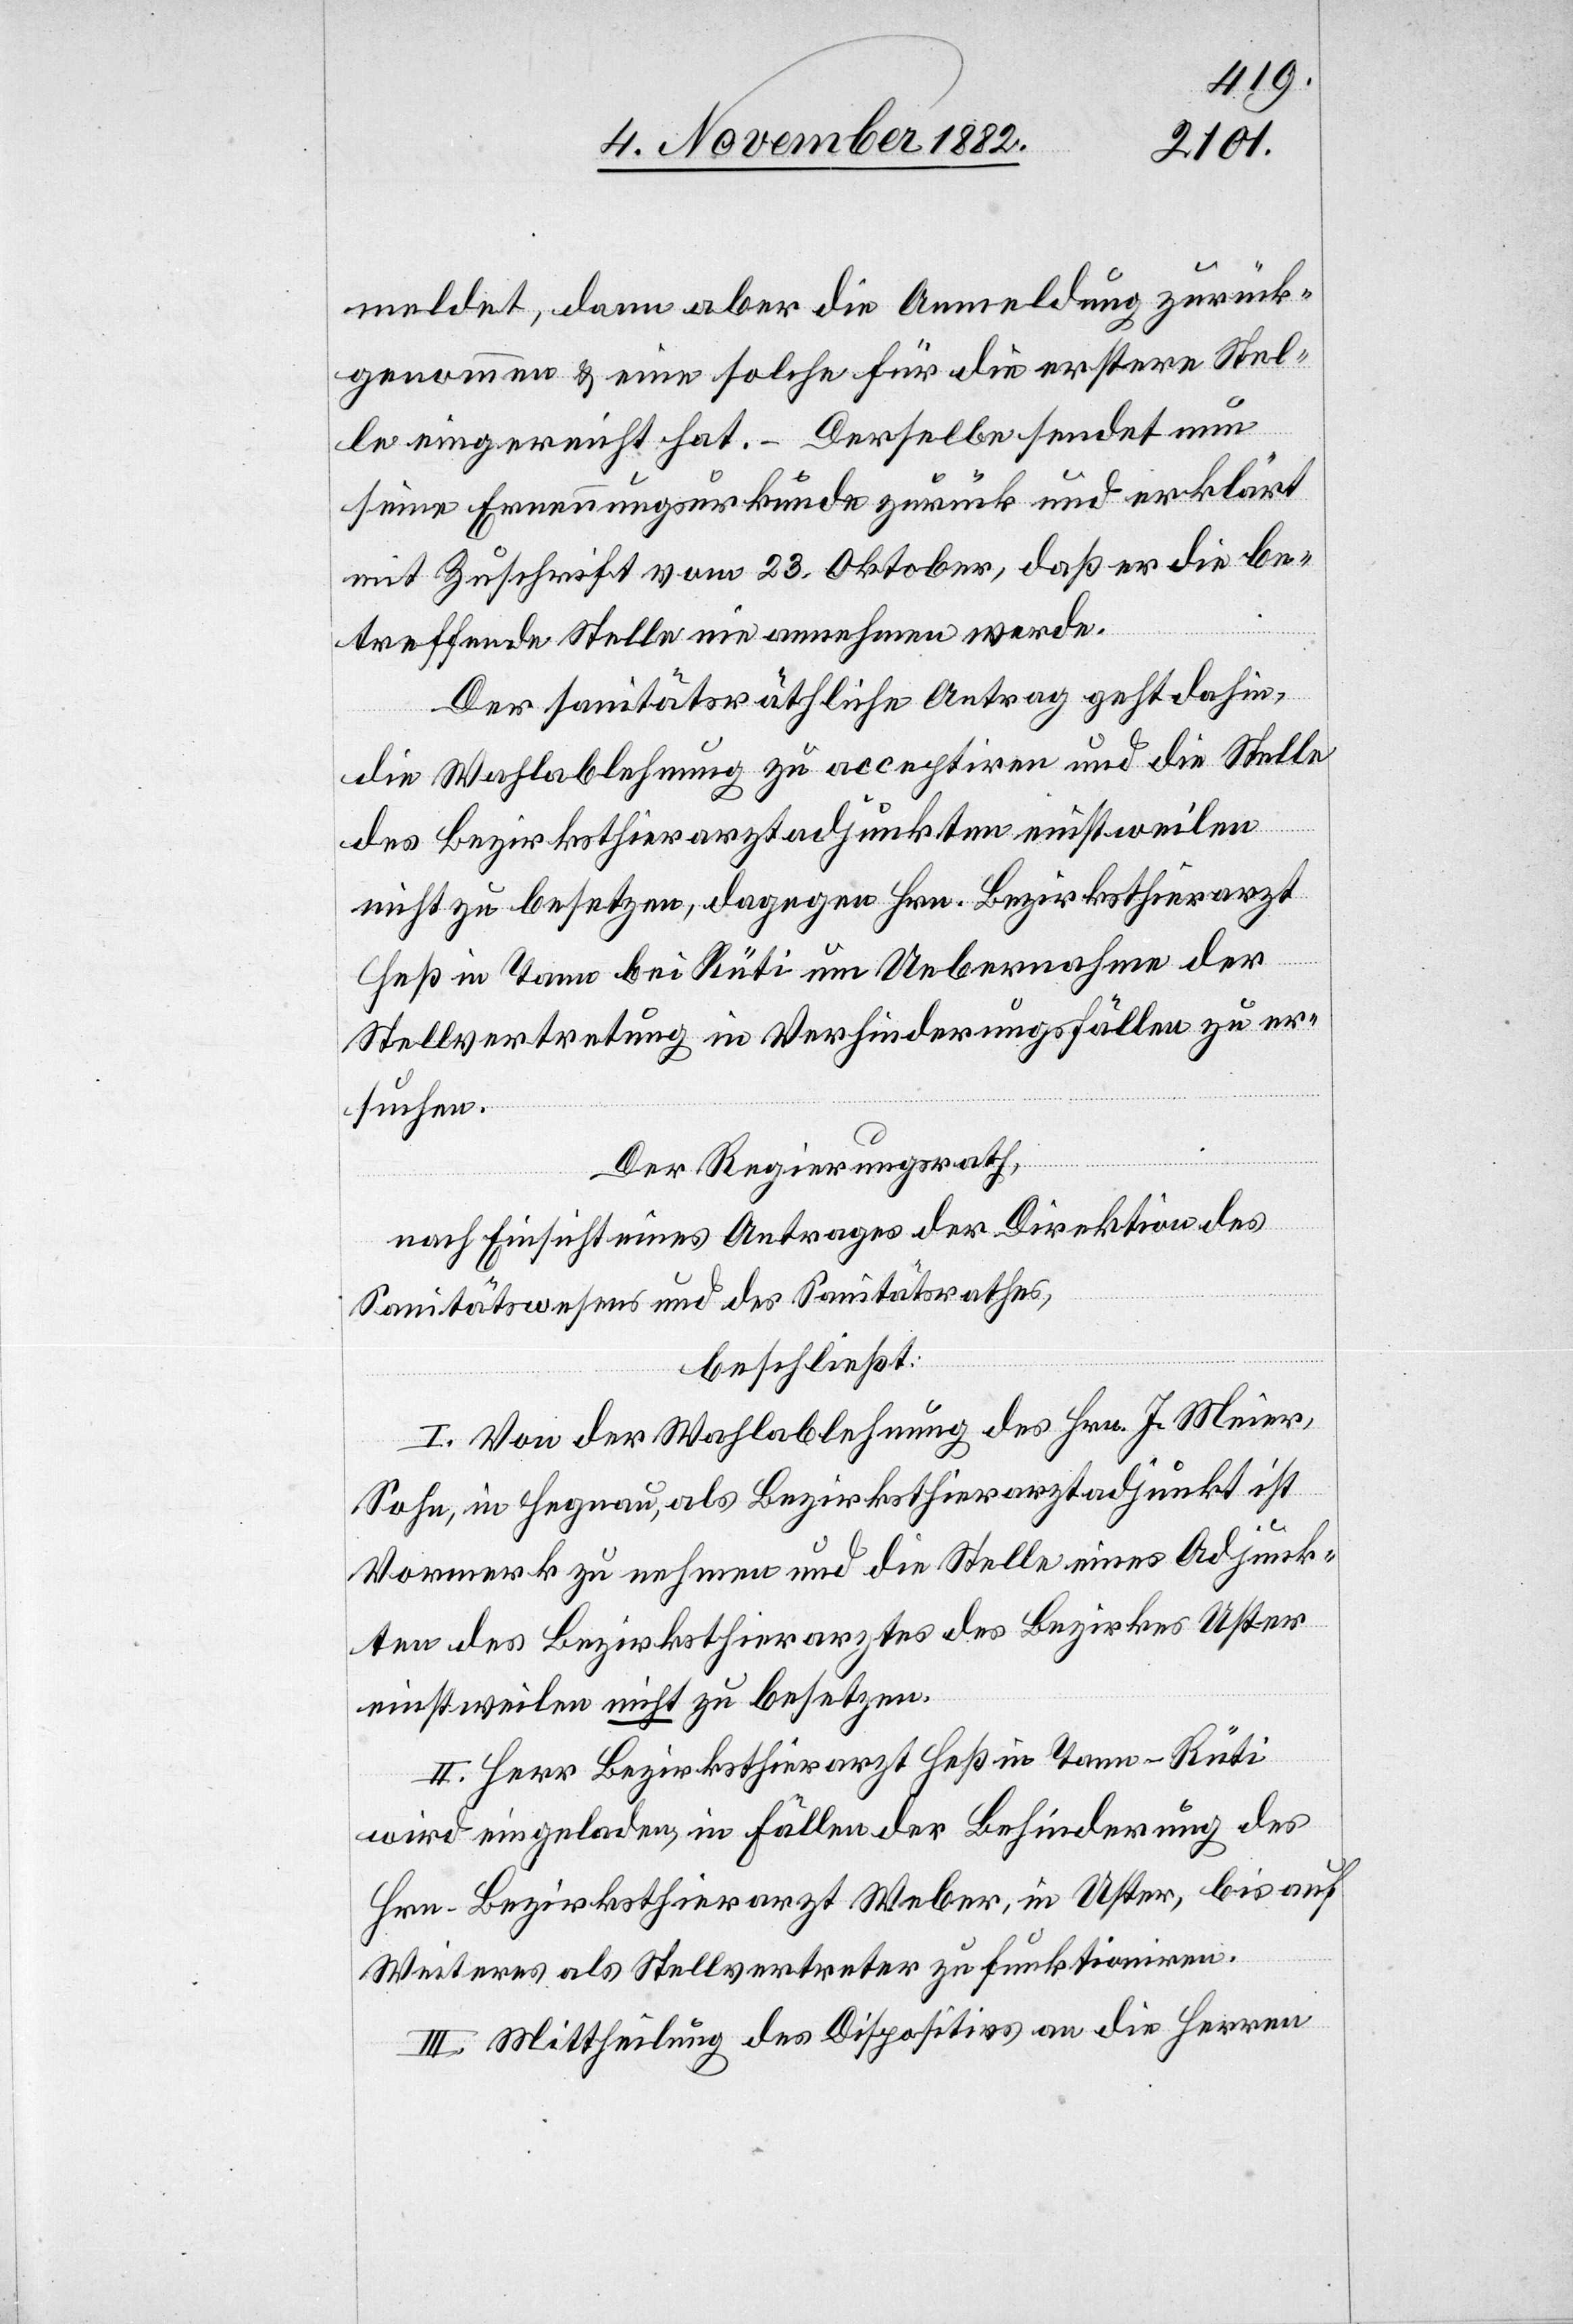
meldet, dann aber die Anmeldung zurück¬
genommen & eine solche für die erstere Stel¬
le eingereicht hat. – Derselbe senden nun
seine Ernennungsurkunde zurück und erklärt
mit Zuschrift vom 23. Oktober, daß er die be¬
treffende Stelle nie annehmen werde.
Der sanitätsräthliche Antrag geht dahin,
die Wahlablehnung zu acceptiren und die Stelle
des Bezirksthierarztadjunkten einstweilen
nicht zu besetzen, dagegen Hrn. Bezirksthierarzt
Heß in Tann bei Rüti um Uebernahme der
Stellvertretung in Verhinderungsfällen zu er¬
suchen.
Der Regierungsrath,
nach Einsicht eines Antrages der Direktion des
Sanitätswesens und des Sanitätsrathes,
beschließt:
I. Von der Wahlablehnung des Hrn. J. Meier,
Sohn, in Hegnau, als Bezirksthierarztadjunkt ist
Vormerk zu nehmen und die Stelle eines Adjunk¬
ten des Bezirksthierarztes des Bezirkes Uster
einstweilen nicht zu besetzen.
II. Herr Bezirksthierarzt Heß in Tann-Rüti
wird eingeladen, in Fällen der Behinderung des
Hrn. Bezirksthierarzt Weber, in Uster, bis auf
Weiters als Stellvertreter zu funktioniren.
III. Mittheilung des Dispositivs an die Herren